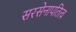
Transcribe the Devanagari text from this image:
सरसेनापतित्व